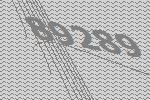
89289